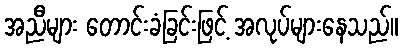
အညီများ တောင်းခံခြင်းဖြင့် အလုပ်များနေသည်။